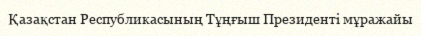
Қазақстан Республикасының Тұңғыш Президенті мұражайы